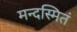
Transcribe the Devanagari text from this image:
मन्दस्मितं